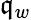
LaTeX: \mathfrak{q}_{w}